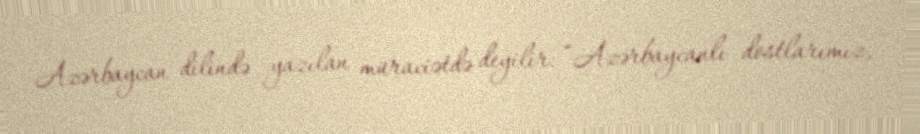
Azərbaycan dilində yazılan müraciətdə deyilir: “Azərbaycanlı dostlarımız,